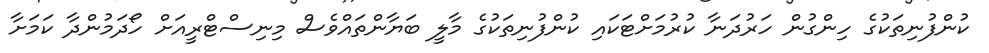
ކުންފުނިތަކުގެ ހިންގުން ހަރުދަނާ ކުރުމަށްޓަކައި ކުންފުނިތަކުގެ މާލީ ބަޔާންތައްވެސް މިނިސްޓްރީއަށް ހޯދަމުންދާ ކަމަށާ